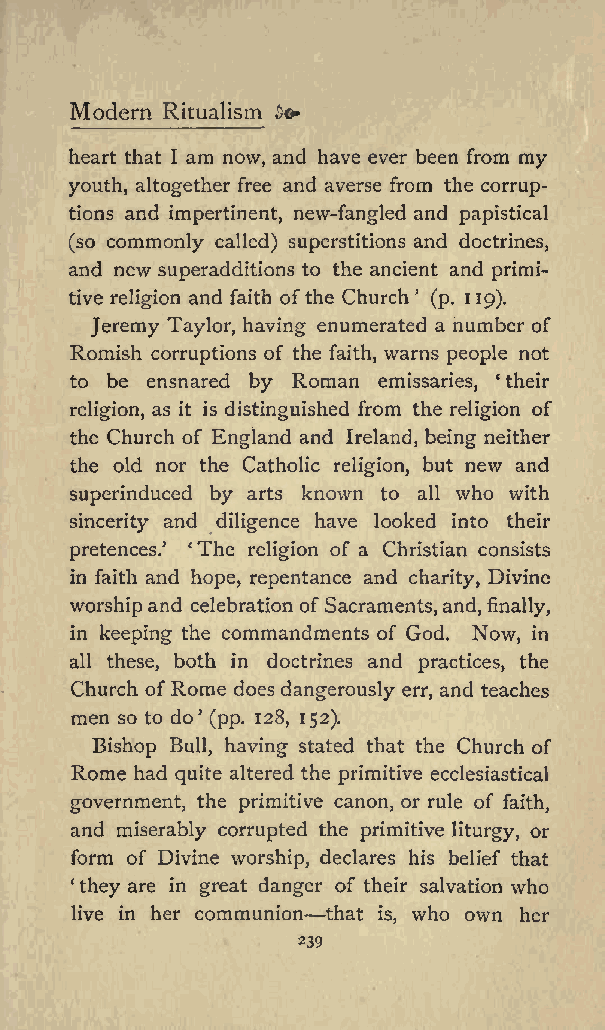
Modern Ritualism &&
 heart that I am now, and have ever been from my
 youth, altogether free and averse from the corrup
 tions and impertinent, new-fangled and papistical
 (so commonly called) superstitions and doctrines,
 and new superadditions to the ancient and primi
 tive religion and faith ofthe Church (p. 119).
 Jeremy Taylor, having enumerated a number of
 Romish corruptions of the faith, warns people not
 to be ensnared by Roman emissaries, their
 religion, as it is distinguished from the religion of
 the Church of England and Ireland, being neither
 the old nor the Catholic religion, but new and
 superinduced by arts known to all who with
 sincerity and diligence have looked into their
 pretences. The religion of a Christian consists
 in faith and hope, repentance and charity, Divine
 worshipand celebration of Sacraments,and, finally,
 in keeping the commandments of God. Now, in
 all these, both in doctrines and practices, the
 Church ofRome doesdangerously err, and teaches
 men so to do (pp. 128, 152).
 Bishop Bull, having stated that the Church of
 Rome had quite altered the primitive ecclesiastical
 government, the primitive canon, or rule of faith,
 and miserably corrupted the primitive liturgy, or
 form of Divine worship, declares his belief that
 they are in great danger of their salvation who
 live in her communion that is, who own her
 239